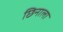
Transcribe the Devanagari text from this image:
छिनाला